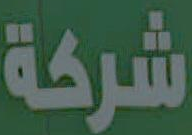
شركة